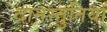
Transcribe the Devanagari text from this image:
दानस्तुतियाँ